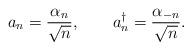
LaTeX: \begin{align*}a_n=\frac{\alpha_n}{\sqrt{n}},\qquad a^{\dag}_{n}=\frac{\alpha_{-n}}{\sqrt{n}}.\end{align*}